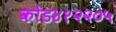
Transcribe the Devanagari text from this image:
कोड४१२२०५